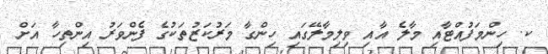
ކ. ހިންމަފުއްޓާއި މާލެ އާއި ވިލިމާލޭގައި ހިންގާ މަރުކަޒުތަކުގެ ފެންވަރު އިންތިހާ އަށް